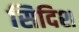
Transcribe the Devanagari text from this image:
सिदिश